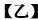
【乙】